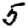
Digit: 5